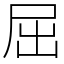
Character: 屈